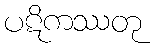
ပဋိကဿတု